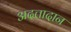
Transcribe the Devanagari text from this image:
अदत्तादान